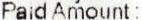
PAID AMOUNT :